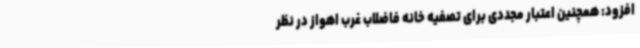
افزود: همچنین اعتبار مجددی برای تصفیه خانه فاضلاب غرب اهواز در نظر